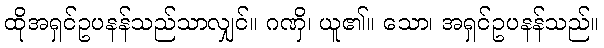
ထိုအရှင်ဥပနန်သည်သာလျှင်။ ဂဏှိ၊ ယူ၏။ သော၊ အရှင်ဥပနန်သည်။